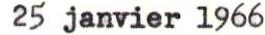
25 janvier 1966